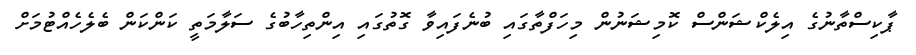
ޕާކިސްތާނުގެ އިލެކްޝަންސް ކޮމިޝަނުން މިހަފްތާގައި ބުނެފައިވާ ގޮތުގައި އިންތިހާބުގެ ސަލާމަތީ ކަންކަން ބެލެހެއްޓުމަށް